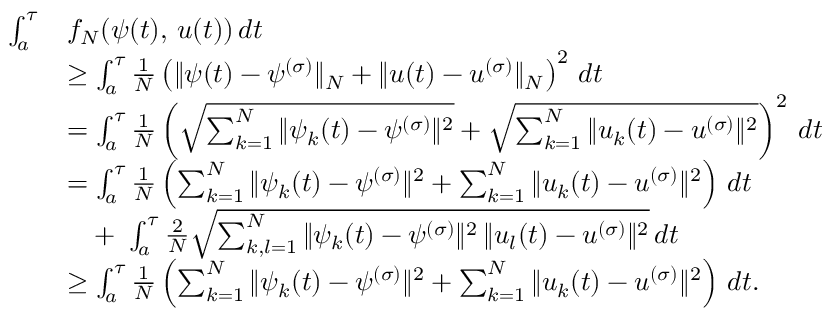
\begin{array} { r l } { \int _ { a } ^ { \tau } } & { f _ { N } ( \psi ( t ) , \, u ( t ) ) \, d t } \\ & { \geq \int _ { a } ^ { \tau } \frac { 1 } { N } \left( \| \psi ( t ) - \psi ^ { ( \sigma ) } \| _ { N } + \| u ( t ) - u ^ { ( \sigma ) } \| _ { N } \right) ^ { 2 } \, d t } \\ & { = \int _ { a } ^ { \tau } \frac { 1 } { N } \left( \sqrt { \sum _ { k = 1 } ^ { N } \| \psi _ { k } ( t ) - \psi ^ { ( \sigma ) } \| ^ { 2 } } + \sqrt { \sum _ { k = 1 } ^ { N } \| u _ { k } ( t ) - u ^ { ( \sigma ) } \| ^ { 2 } } \right) ^ { 2 } \, d t } \\ & { = \int _ { a } ^ { \tau } \frac { 1 } { N } \left( { \sum _ { k = 1 } ^ { N } \| \psi _ { k } ( t ) - \psi ^ { ( \sigma ) } \| ^ { 2 } } + { \sum _ { k = 1 } ^ { N } \| u _ { k } ( t ) - u ^ { ( \sigma ) } \| ^ { 2 } } \right) \, d t } \\ & { \quad + \ \int _ { a } ^ { \tau } \frac { 2 } { N } \sqrt { \sum _ { k , l = 1 } ^ { N } \| \psi _ { k } ( t ) - \psi ^ { ( \sigma ) } \| ^ { 2 } \, \| u _ { l } ( t ) - u ^ { ( \sigma ) } \| ^ { 2 } } \, d t } \\ & { \geq \int _ { a } ^ { \tau } \frac { 1 } { N } \left( { \sum _ { k = 1 } ^ { N } \| \psi _ { k } ( t ) - \psi ^ { ( \sigma ) } \| ^ { 2 } } + { \sum _ { k = 1 } ^ { N } \| u _ { k } ( t ) - u ^ { ( \sigma ) } \| ^ { 2 } } \right) \, d t . } \end{array}